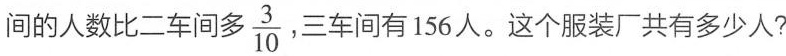
间的人数比二车间多\frac{3}{10}三车间有156人。这个服装厂共有多少人?